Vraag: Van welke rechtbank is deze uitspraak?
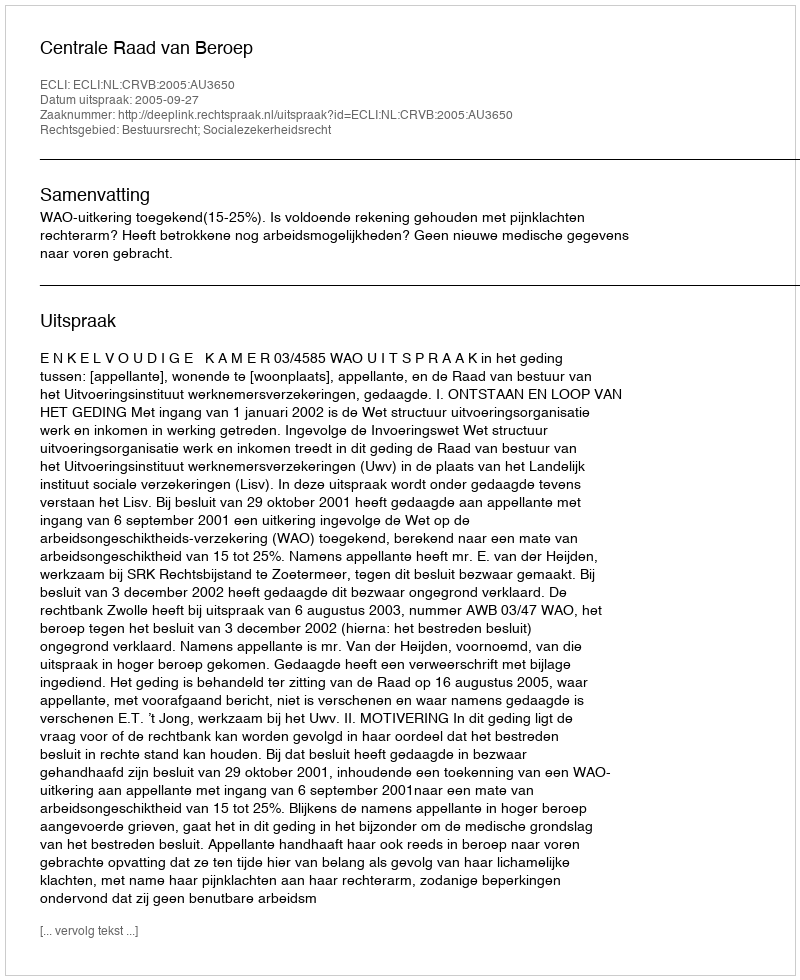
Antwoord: Centrale Raad van Beroep